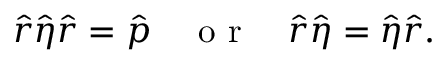
\hat { r } \hat { \eta } \hat { r } = \hat { p } \quad \mathrm { ~ o ~ r ~ } \quad \hat { r } \hat { \eta } = \hat { \eta } \hat { r } .